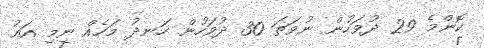
ކޮންމެ 29 ދުވަހުން ނުވަތަ 30 ދުވަހުން ހަނދު މަހެއް ނިމި އައު